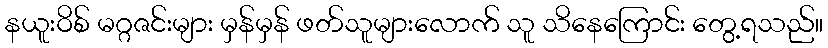
နယူးဝိစ် မဂ္ဂဇင်းများ မှန်မှန် ဖတ်သူများလောက် သူ သိနေကြောင်း တွေ့ရသည်။